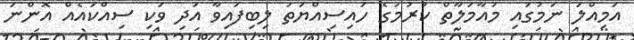
އަމިއްލަ ނަމުގައި މުއާމަލާތް ކުރުމުގެ ހައިސިއްޔަތު ލިބިފައިވާ އަދި ވަކި ސިއްކައެއް އޮންނަ